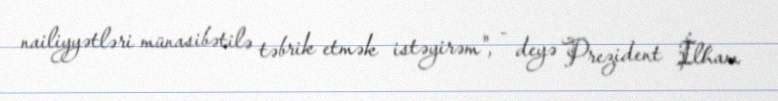
nailiyyətləri münasibətilə təbrik etmək istəyirəm", - deyə Prezident İlham